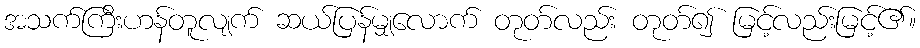
အသက်ကြီးဟန်တူလျက် ဆယ်ပြန်မျှလောက် တုတ်လည်း တုတ်၍ မြင့်လည်းမြင့်၏။